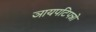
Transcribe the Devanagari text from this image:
ञायपटिपन्नो